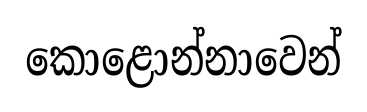
කොළොන්නාවෙන්